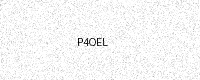
Text: P4OEL